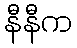
နီနီက